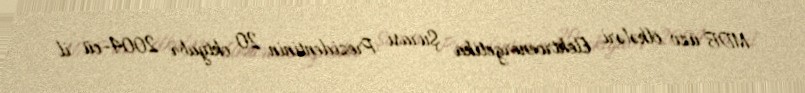
MDB üzv ölkələri Elektroenergetika Şurası Prezidentinin 20 oktyabr 2004-cü il